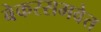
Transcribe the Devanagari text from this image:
बेकरसमवेत